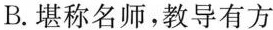
B. 堪称名师，教导有方